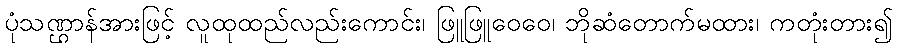
ပုံသဏ္ဌာန်အားဖြင့် လူထုထည်လည်းကောင်း၊ ဖြူဖြူဝေဝေ၊ ဘိုဆံတောက်မထား၊ ကတုံးတား၍